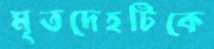
মৃতদেহটিকে